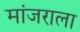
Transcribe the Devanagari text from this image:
मांजराला